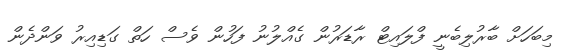
މިބަހަށް ބާރުލިބެނީ ފްލައިޓް ރާޑަރުން ގެއްލުނު ފަހުން ވެސް ހަތް ގަޑިއިރު ވަންދެން